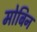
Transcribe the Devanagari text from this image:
मोबिन